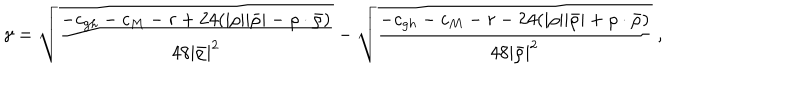
\gamma = \sqrt { \frac { - c _ { g h } - c _ { M } - r + 2 4 ( | \rho | | \bar { \rho } | - \rho \cdot \bar { \rho } ) } { 4 8 | \bar { \rho } | ^ { 2 } } } - \sqrt { \frac { - c _ { g h } - c _ { M } - r - 2 4 ( | \rho | | \bar { \rho } | + \rho \cdot \bar { \rho } ) } { 4 8 | \bar { \rho } | ^ { 2 } } } ~ ,